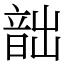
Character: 韷